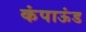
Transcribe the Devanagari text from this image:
कंपाऊंड